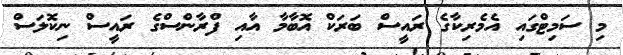
މި ސަމިޓްގައި އެމެރިކާގެ ރައީސް ބަރަކް އޮބާމާ އާއި ފްރާންސްގެ ރައީސް ނިކޮލަސް